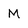
Character: M